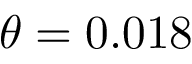
\theta = 0 . 0 1 8